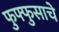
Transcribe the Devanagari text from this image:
फुफ्फुसाचे